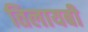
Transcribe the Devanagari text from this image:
तिलायबी